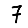
Digit: 7